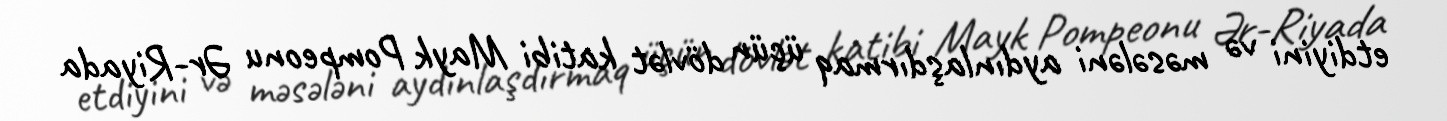
etdiyini və məsələni aydınlaşdırmaq üçün dövlət katibi Mayk Pompeonu Ər-Riyada